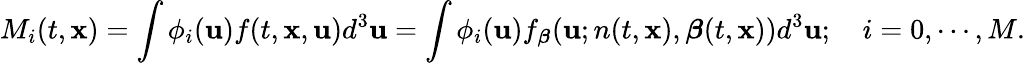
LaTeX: M_{i}(t,\mathbf{x})=\int\phi_{i}(\mathbf{u})f(t,\mathbf{x},\mathbf{u})d^{3}\mathbf{u}=\int\phi_{i}(\mathbf{u})f_{\boldsymbol{\beta}}(\mathbf{u};n(t,\mathbf{x}),\boldsymbol{\beta}(t,\mathbf{x}))d^{3}\mathbf{u};\quad i=0,\cdots,M.